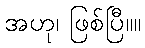
အဟု၊ ဖြစ်ပြီ။။